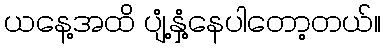
ယနေ့အထိ ပျံ့နှံ့နေပါတော့တယ်။